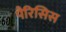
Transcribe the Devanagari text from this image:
पैरिसिस